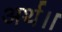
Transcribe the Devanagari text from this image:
अर्थ।।